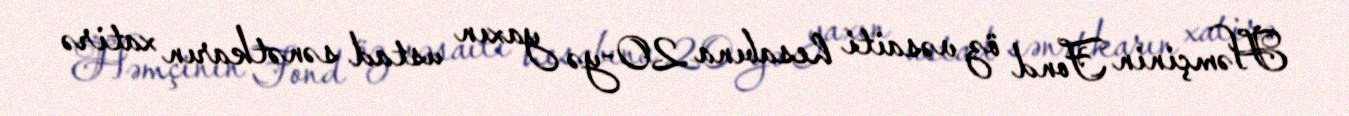
Həmçinin Fond öz vəsaiti hesabına 20-yə yaxın ustad sənətkarın xatirə